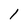
Character: 1